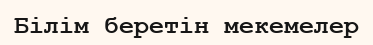
Білім беретін мекемелер